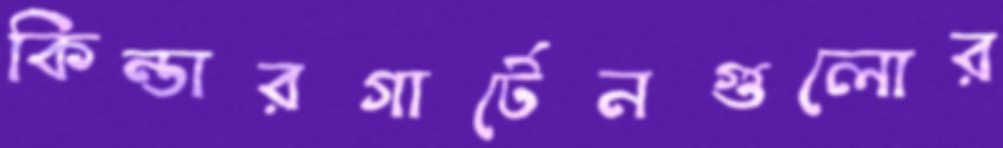
কিন্ডারগার্টেনগুলোর